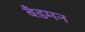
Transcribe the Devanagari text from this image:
बँडमन